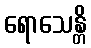
ရောသေန္တိ